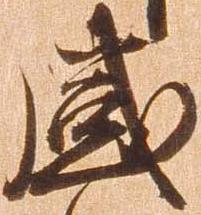
感